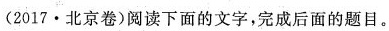
(2017·北京卷) 阅读下面的文字，完成后面的题目。